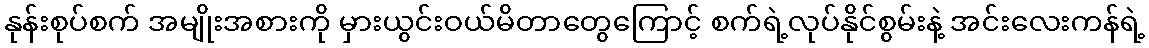
နုန်းစုပ်စက် အမျိုးအစားကို မှားယွင်းဝယ်မိတာတွေကြောင့် စက်ရဲ့လုပ်နိုင်စွမ်းနဲ့ အင်းလေးကန်ရဲ့